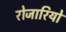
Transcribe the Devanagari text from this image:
रोजारियो